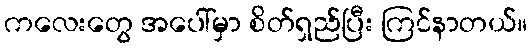
ကလေးတွေ အပေါ်မှာ စိတ်ရှည်ပြီး ကြင်နာတယ်။